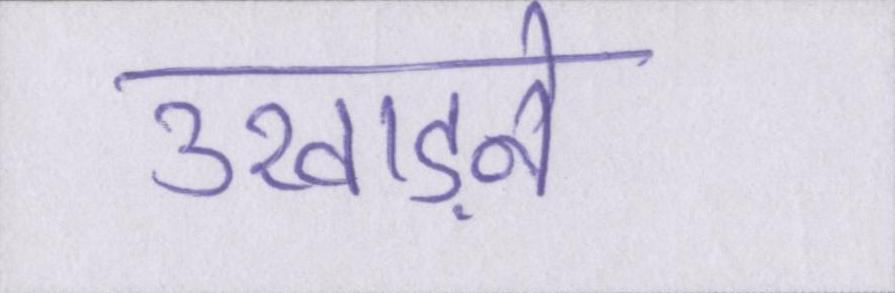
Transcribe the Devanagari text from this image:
उखाड़ने